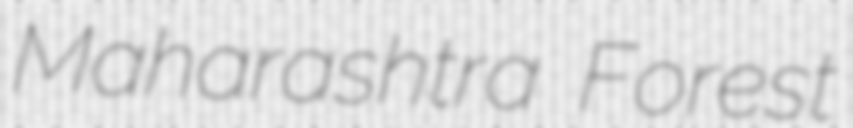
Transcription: Maharashtra Forest